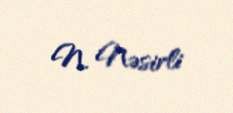
N. Nəsirli